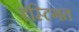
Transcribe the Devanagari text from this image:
दृस्टिगत